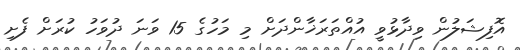
އޮފިޝަލުން ވިދާޅުވީ އުއްތަރަޚާންދަށް މި މަހުގެ 15 ވަނަ ދުވަހު ކުރަށް ފެށި